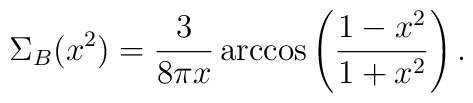
\Sigma_B(x^2)=\frac{3}{8\pi x} \arccos\left( \frac{1-x^2}{1+x^2} \right) .